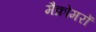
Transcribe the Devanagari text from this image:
मैक्रोमरों